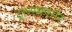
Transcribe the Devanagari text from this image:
ट्रान्स्फार्मर